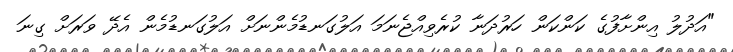
"އަދުލު އިންށާފުގެ ކަންކަން ހަރުދަނާ ކުރެވިއްޖެނަމަ އަލުގަނޑުމެންނަށް އަލުގަނޑުމެން އެދޭ ވަރަށް ގިނަ